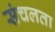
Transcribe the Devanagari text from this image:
संचलता